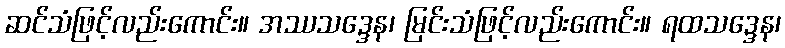
ဆင်သံဖြင့်လည်းကောင်း။ အဿသဒ္ဒေန၊ မြင်းသံဖြင့်လည်းကောင်း။ ရထသဒ္ဒေန၊